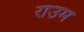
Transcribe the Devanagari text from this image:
राउम